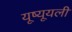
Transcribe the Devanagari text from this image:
यूष्यूयली